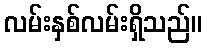
လမ်းနှစ်လမ်းရှိသည်။